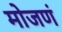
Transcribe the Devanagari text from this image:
मोजणं